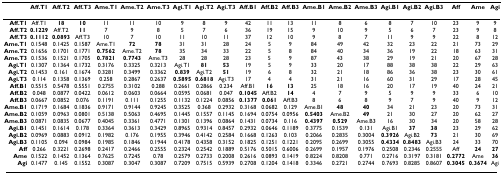
<table><thead><tr><td></td><td><b>Aff.T1</b></td><td><b>Aff.T2</b></td><td><b>Aff.T3</b></td><td><b>Ame.T1</b></td><td><b>Ame.T2</b></td><td><b>Ame.T3</b></td><td><b>Agi.T1</b></td><td><b>Agi.T2</b></td><td><b>Agi.T3</b></td><td><b>Aff.B1</b></td><td><b>Aff.B2</b></td><td><b>Aff.B3</b></td><td><b>Ame.B1</b></td><td><b>Ame.B2</b></td><td><b>Ame.B3</b></td><td><b>Agi.B1</b></td><td><b>Agi.B2</b></td><td><b>Agi.B3</b></td><td><b>Aff</b></td><td><b>Ame</b></td><td><b>Agi</b></td></tr></thead><tbody><tr><td><b>Aff.T1</b></td><td>Aff.T1</td><td><b>18</b></td><td><b>10</b></td><td>11</td><td>11</td><td>10</td><td>9</td><td>8</td><td>9</td><td>42</td><td>11</td><td>13</td><td>11</td><td>8</td><td>6</td><td>8</td><td>7</td><td>10</td><td>23</td><td>9</td><td>9</td></tr><tr><td><b>Aff.T2</b></td><td><b>0.1229</b></td><td>Aff.T2</td><td><b>11</b></td><td>7</td><td>9</td><td>8</td><td>5</td><td>7</td><td>6</td><td>36</td><td>19</td><td>15</td><td>9</td><td>10</td><td>9</td><td>5</td><td>6</td><td>7</td><td>23</td><td>9</td><td>8</td></tr><tr><td><b>Aff.T3</b></td><td><b>0.1112</b></td><td><b>0.0893</b></td><td>Aff.T3</td><td>10</td><td>7</td><td>10</td><td>11</td><td>10</td><td>11</td><td>37</td><td>12</td><td>10</td><td>9</td><td>8</td><td>7</td><td>11</td><td>9</td><td>9</td><td>22</td><td>8</td><td>12</td></tr><tr><td><b>Ame.T1</b></td><td>0.1548</td><td>0.1425</td><td>0.1587</td><td>Ame.T1</td><td><b>72</b></td><td><b>78</b></td><td>31</td><td>31</td><td>28</td><td>24</td><td>5</td><td>9</td><td>84</td><td>49</td><td>42</td><td>32</td><td>23</td><td>22</td><td>21</td><td>73</td><td>29</td></tr><tr><td><b>Ame.T2</b></td><td>0.1656</td><td>0.1701</td><td>0.1771</td><td><b>0.7562</b></td><td>Ame.T2</td><td><b>78</b></td><td>35</td><td>34</td><td>33</td><td>22</td><td>5</td><td>8</td><td>84</td><td>40</td><td>34</td><td>36</td><td>19</td><td>22</td><td>18</td><td>63</td><td>31</td></tr><tr><td><b>Ame.T3</b></td><td>0.1536</td><td>0.1521</td><td>0.1705</td><td><b>0.7821</b></td><td><b>0.7743</b></td><td>Ame.T3</td><td>28</td><td>28</td><td>28</td><td>23</td><td>5</td><td>9</td><td>87</td><td>43</td><td>38</td><td>29</td><td>19</td><td>21</td><td>20</td><td>67</td><td>28</td></tr><tr><td><b>Agi.T1</b></td><td>0.1307</td><td>0.1364</td><td>0.1732</td><td>0.3176</td><td>0.3325</td><td>0.3213</td><td>Agi.T1</td><td><b>81</b></td><td><b>53</b></td><td>19</td><td>5</td><td>9</td><td>33</td><td>20</td><td>17</td><td>88</td><td>38</td><td>38</td><td>22</td><td>29</td><td>63</td></tr><tr><td><b>Agi.T2</b></td><td>0.1453</td><td>0.161</td><td>0.1674</td><td>0.3281</td><td>0.3499</td><td>0.3362</td><td><b>0.839</b></td><td>Agi.T2</td><td><b>51</b></td><td>19</td><td>6</td><td>8</td><td>32</td><td>21</td><td>18</td><td>86</td><td>36</td><td>38</td><td>23</td><td>30</td><td>61</td></tr><tr><td><b>Agi.T3</b></td><td>0.114</td><td>0.1358</td><td>0.1369</td><td>0.258</td><td>0.2867</td><td>0.2637</td><td><b>0.5895</b></td><td><b>0.6818</b></td><td>Agi.T3</td><td>17</td><td>4</td><td>4</td><td>31</td><td>21</td><td>16</td><td>60</td><td>31</td><td>29</td><td>17</td><td>28</td><td>45</td></tr><tr><td><b>Aff.B1</b></td><td>0.5515</td><td>0.5478</td><td>0.5551</td><td>0.2755</td><td>0.3102</td><td>0.288</td><td>0.2661</td><td>0.2866</td><td>0.234</td><td>Aff.B1</td><td><b>16</b></td><td><b>13</b></td><td>25</td><td>18</td><td>16</td><td>20</td><td>17</td><td>19</td><td>40</td><td>24</td><td>21</td></tr><tr><td><b>Aff.B2</b></td><td>0.048</td><td>0.0877</td><td>0.0422</td><td>0.0612</td><td>0.0603</td><td>0.0664</td><td>0.0595</td><td>0.0681</td><td>0.047</td><td><b>0.1045</b></td><td>Aff.B2</td><td><b>14</b></td><td>4</td><td>7</td><td>9</td><td>5</td><td>9</td><td>9</td><td>33</td><td>6</td><td>10</td></tr><tr><td><b>Aff.B3</b></td><td>0.0667</td><td>0.0852</td><td>0.076</td><td>0.1191</td><td>0.111</td><td>0.1255</td><td>0.1132</td><td>0.1224</td><td>0.0856</td><td><b>0.1377</b></td><td><b>0.061</b></td><td>Aff.B3</td><td>8</td><td>6</td><td>8</td><td>9</td><td>7</td><td>9</td><td>40</td><td>9</td><td>12</td></tr><tr><td><b>Ame.B1</b></td><td>0.1719</td><td>0.1684</td><td>0.1836</td><td>0.9171</td><td>0.9144</td><td>0.9245</td><td>0.3525</td><td>0.368</td><td>0.2932</td><td>0.3168</td><td>0.0682</td><td>0.129</td><td>Ame.B1</td><td><b>48</b></td><td><b>40</b></td><td>34</td><td>21</td><td>23</td><td>20</td><td>73</td><td>31</td></tr><tr><td><b>Ame.B2</b></td><td>0.1059</td><td>0.0963</td><td>0.0801</td><td>0.5138</td><td>0.5063</td><td>0.4695</td><td>0.1445</td><td>0.1557</td><td>0.1145</td><td>0.1694</td><td>0.0754</td><td>0.0956</td><td><b>0.5403</b></td><td>Ame.B2</td><td><b>49</b></td><td>21</td><td>30</td><td>27</td><td>20</td><td>62</td><td>27</td></tr><tr><td><b>Ame.B3</b></td><td>0.0871</td><td>0.0835</td><td>0.0677</td><td>0.4045</td><td>0.3361</td><td>0.4771</td><td>0.1301</td><td>0.1396</td><td>0.0864</td><td>0.1431</td><td>0.0734</td><td>0.116</td><td><b>0.4397</b></td><td><b>0.529</b></td><td>Ame.B3</td><td>16</td><td>30</td><td>34</td><td>20</td><td>58</td><td>28</td></tr><tr><td><b>Agi.B1</b></td><td>0.1451</td><td>0.1614</td><td>0.178</td><td>0.3364</td><td>0.3613</td><td>0.3429</td><td>0.8965</td><td>0.9314</td><td>0.8457</td><td>0.2932</td><td>0.0646</td><td>0.1189</td><td>0.3775</td><td>0.1539</td><td>0.131</td><td>Agi.B1</td><td><b>37</b></td><td><b>38</b></td><td>23</td><td>29</td><td>62</td></tr><tr><td><b>Agi.B2</b></td><td>0.0969</td><td>0.0883</td><td>0.0912</td><td>0.1982</td><td>0.176</td><td>0.1955</td><td>0.3946</td><td>0.4142</td><td>0.2584</td><td>0.1668</td><td>0.1263</td><td>0.103</td><td>0.2066</td><td>0.2835</td><td>0.3004</td><td><b>0.3926</b></td><td>Agi.B2</td><td><b>73</b></td><td>21</td><td>30</td><td>69</td></tr><tr><td><b>Agi.B3</b></td><td>0.1105</td><td>0.094</td><td>0.0984</td><td>0.1985</td><td>0.1846</td><td>0.1944</td><td>0.4178</td><td>0.4358</td><td>0.3152</td><td>0.1825</td><td>0.1251</td><td>0.1221</td><td>0.2095</td><td>0.2699</td><td>0.3055</td><td><b>0.4334</b></td><td><b>0.8483</b></td><td>Agi.B3</td><td>24</td><td>33</td><td>70</td></tr><tr><td><b>Aff</b></td><td>0.266</td><td>0.3221</td><td>0.2698</td><td>0.2417</td><td>0.2466</td><td>0.2555</td><td>0.2324</td><td>0.2542</td><td>0.1889</td><td>0.5176</td><td>0.5015</td><td>0.6006</td><td>0.2699</td><td>0.1957</td><td>0.1976</td><td>0.2508</td><td>0.2346</td><td>0.2555</td><td>Aff</td><td><b>24</b></td><td><b>27</b></td></tr><tr><td><b>Ame</b></td><td>0.1522</td><td>0.1452</td><td>0.1364</td><td>0.7625</td><td>0.7245</td><td>0.78</td><td>0.2579</td><td>0.2733</td><td>0.2008</td><td>0.2616</td><td>0.0893</td><td>0.1419</td><td>0.8224</td><td>0.8208</td><td>0.771</td><td>0.2716</td><td>0.3197</td><td>0.3181</td><td><b>0.2772</b></td><td>Ame</td><td><b>36</b></td></tr><tr><td><b>Agi</b></td><td>0.1477</td><td>0.145</td><td>0.1552</td><td>0.3087</td><td>0.3047</td><td>0.3087</td><td>0.7209</td><td>0.7515</td><td>0.5939</td><td>0.2708</td><td>0.1204</td><td>0.1418</td><td>0.3346</td><td>0.2721</td><td>0.2744</td><td>0.7693</td><td>0.8285</td><td>0.8607</td><td><b>0.3045</b></td><td><b>0.3674</b></td><td>Agi</td></tr></tbody></table>